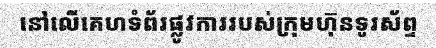
នៅលើគេហទំព័រផ្លូវការរបស់ក្រុមហ៊ុនទូរស័ព្ទ